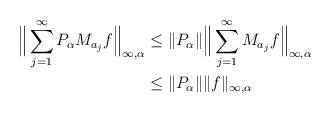
LaTeX: \begin{align*}\Big \| \sum_{j=1}^\infty P_\alpha M_{a_j} f \Big \|_{\infty,\alpha} & \leq \| P_\alpha\| \Big \| \sum_{j=1}^\infty M_{a_j} f \Big \|_{\infty,\alpha} \\&\leq \| P_\alpha\| \| f\|_{\infty,\alpha}\end{align*}